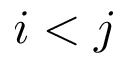
i < j